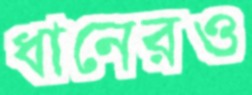
ধানেরও